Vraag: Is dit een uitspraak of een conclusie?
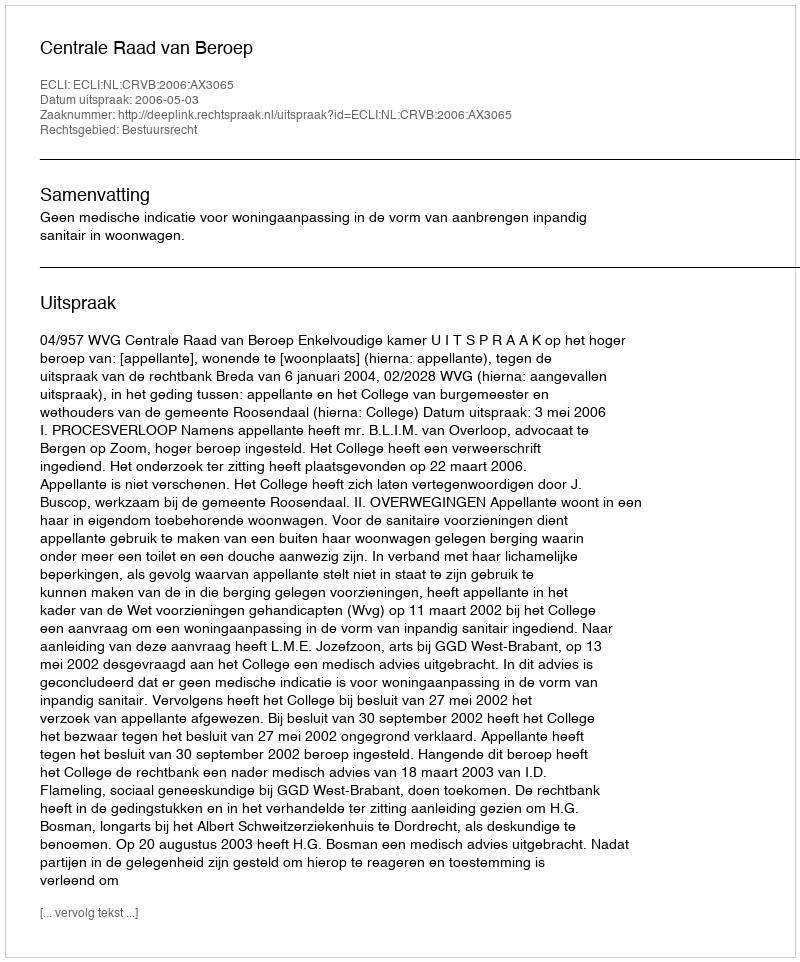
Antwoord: Uitspraak